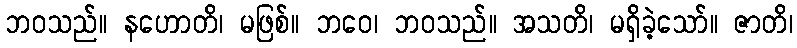
ဘဝသည်။ နဟောတိ၊ မဖြစ်။ ဘဝေ၊ ဘဝသည်။ အသတိ၊ မရှိခဲ့သော်။ ဇာတိ၊